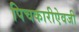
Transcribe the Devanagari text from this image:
पिचकारीऐवजी